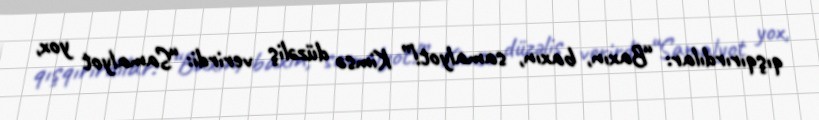
qışqırırdılar: “Baxın, baxın, samalyot!” Kimsə düzəliş verirdi: “Samalyot yox,